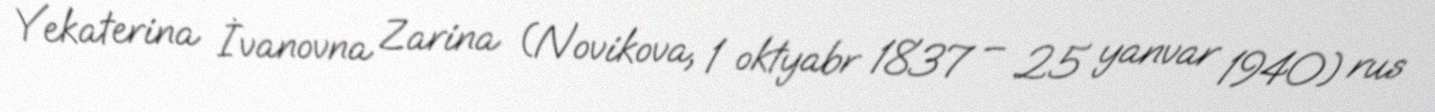
Yekaterina İvanovna Zarina (Novikova, 1 oktyabr 1837 – 25 yanvar 1940) rus